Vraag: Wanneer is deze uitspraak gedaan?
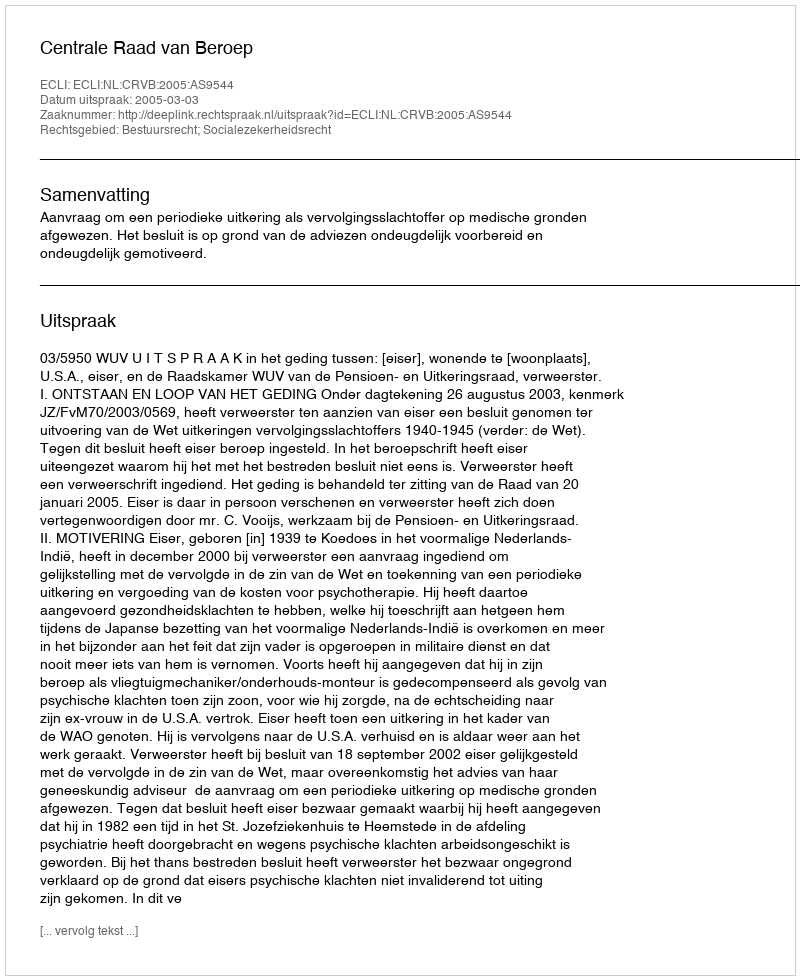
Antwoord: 2005-03-03